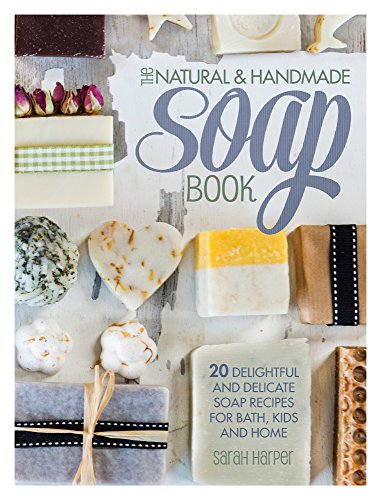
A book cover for The Natural and Handmade Soap Book: 20 Delightful and Delicate Soap Recipes for Bath, Kids and Home; Sarah Harper; Crafts, Hobbies & Home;